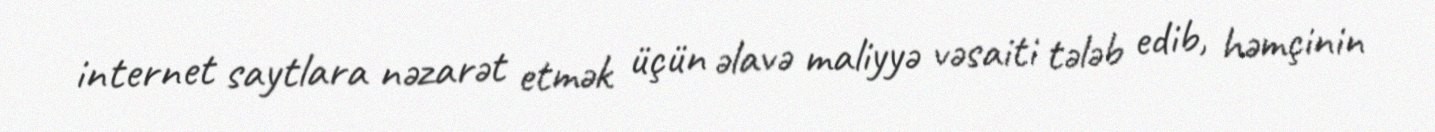
internet saytlara nəzarət etmək üçün əlavə maliyyə vəsaiti tələb edib, həmçinin